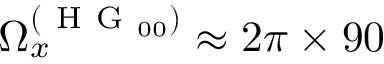
\Omega _ { x } ^ { ( \mathrm { ~ H ~ G ~ } _ { 0 0 } ) } \approx 2 \pi \times 9 0